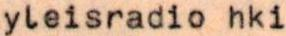
yleisradio hki